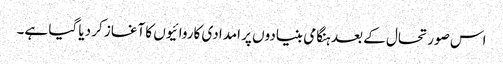
اس صورتحال کے بعد ہنگامی بنیادوں پر امدادی کاروائیوں کا آغاز کر دیا گیا ہے۔